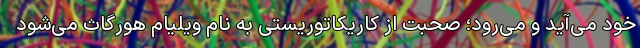
خود می‌آید و می‌رود؛ صحبت از کاریکاتوریستی به نام ویلیام هورگاث می‌شود